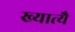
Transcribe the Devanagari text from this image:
ख्यात्यै